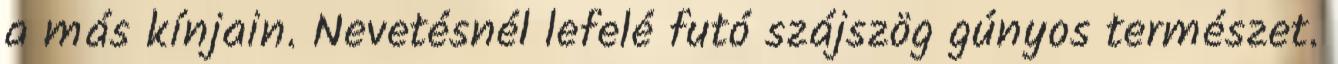
a más kínjain. Nevetésnél lefelé futó szájszög gúnyos természet.